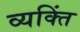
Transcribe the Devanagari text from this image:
व्यक्तिं